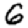
Digit: 6